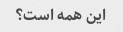
این همه است؟